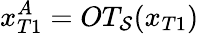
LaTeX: x_{T1}^{A}=OT_{\mathcal{S}}(x_{T1})